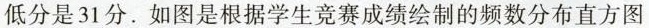
低分是31分。如图是根据学生竞赛成绩绘制的频数分布直方图